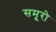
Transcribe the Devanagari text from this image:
समूरो